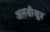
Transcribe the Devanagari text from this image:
अलसीसूत्र